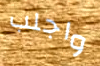
واجلب